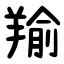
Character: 羭